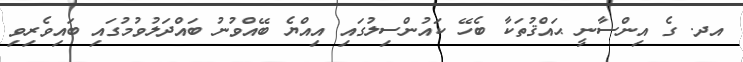
އދ. ގެ އިންސާނީ ޙައްޤުތަކާ ބެހޭ ކައުންސިލުގައި އިއްޔެ ބޭއްވުނު ބައްދަލުވުމުގައި ބައިވެރިވި